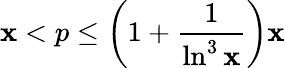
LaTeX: \mathbf{x}<p\leq\left(1+{\frac{{1}}{{\ln^{3}{\mathbf{x}}}}}\right)\mathbf{x}